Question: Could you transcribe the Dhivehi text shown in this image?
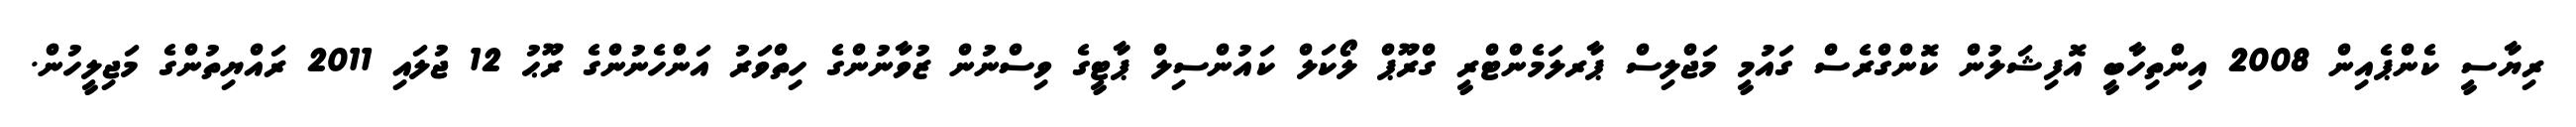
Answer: ރިޔާސީ ކެންޕެއިން 2008 އިންތިހާބީ އޮފިޝަލުން ކޮންގްރެސް ގައުމީ މަޖްލިސް ޕާރލަމެންޓްރީ ގްރޫޕް ލޯކަލް ކައުންސިލް ޕާޓީގެ ވިސްނުން ޒުވާނުންގެ ހިތްވަރު އަންހެނުންގެ ރޫޙު 12 ޖުލައި 2011 ރައްޔިތުންގެ މަޖިލީހުން.